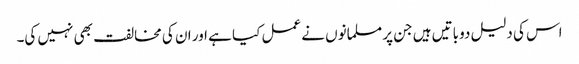
اس کی دلیل دو باتیں ہیں جن پر مسلمانوں نے عمل کیا ہے اور ان کی مخالفت بھی نہیں کی۔